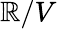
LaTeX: \mathbb{R}/V